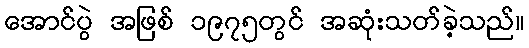
အောင်ပွဲ အဖြစ် ၁၉၇၅တွင် အဆုံးသတ်ခဲ့သည်။